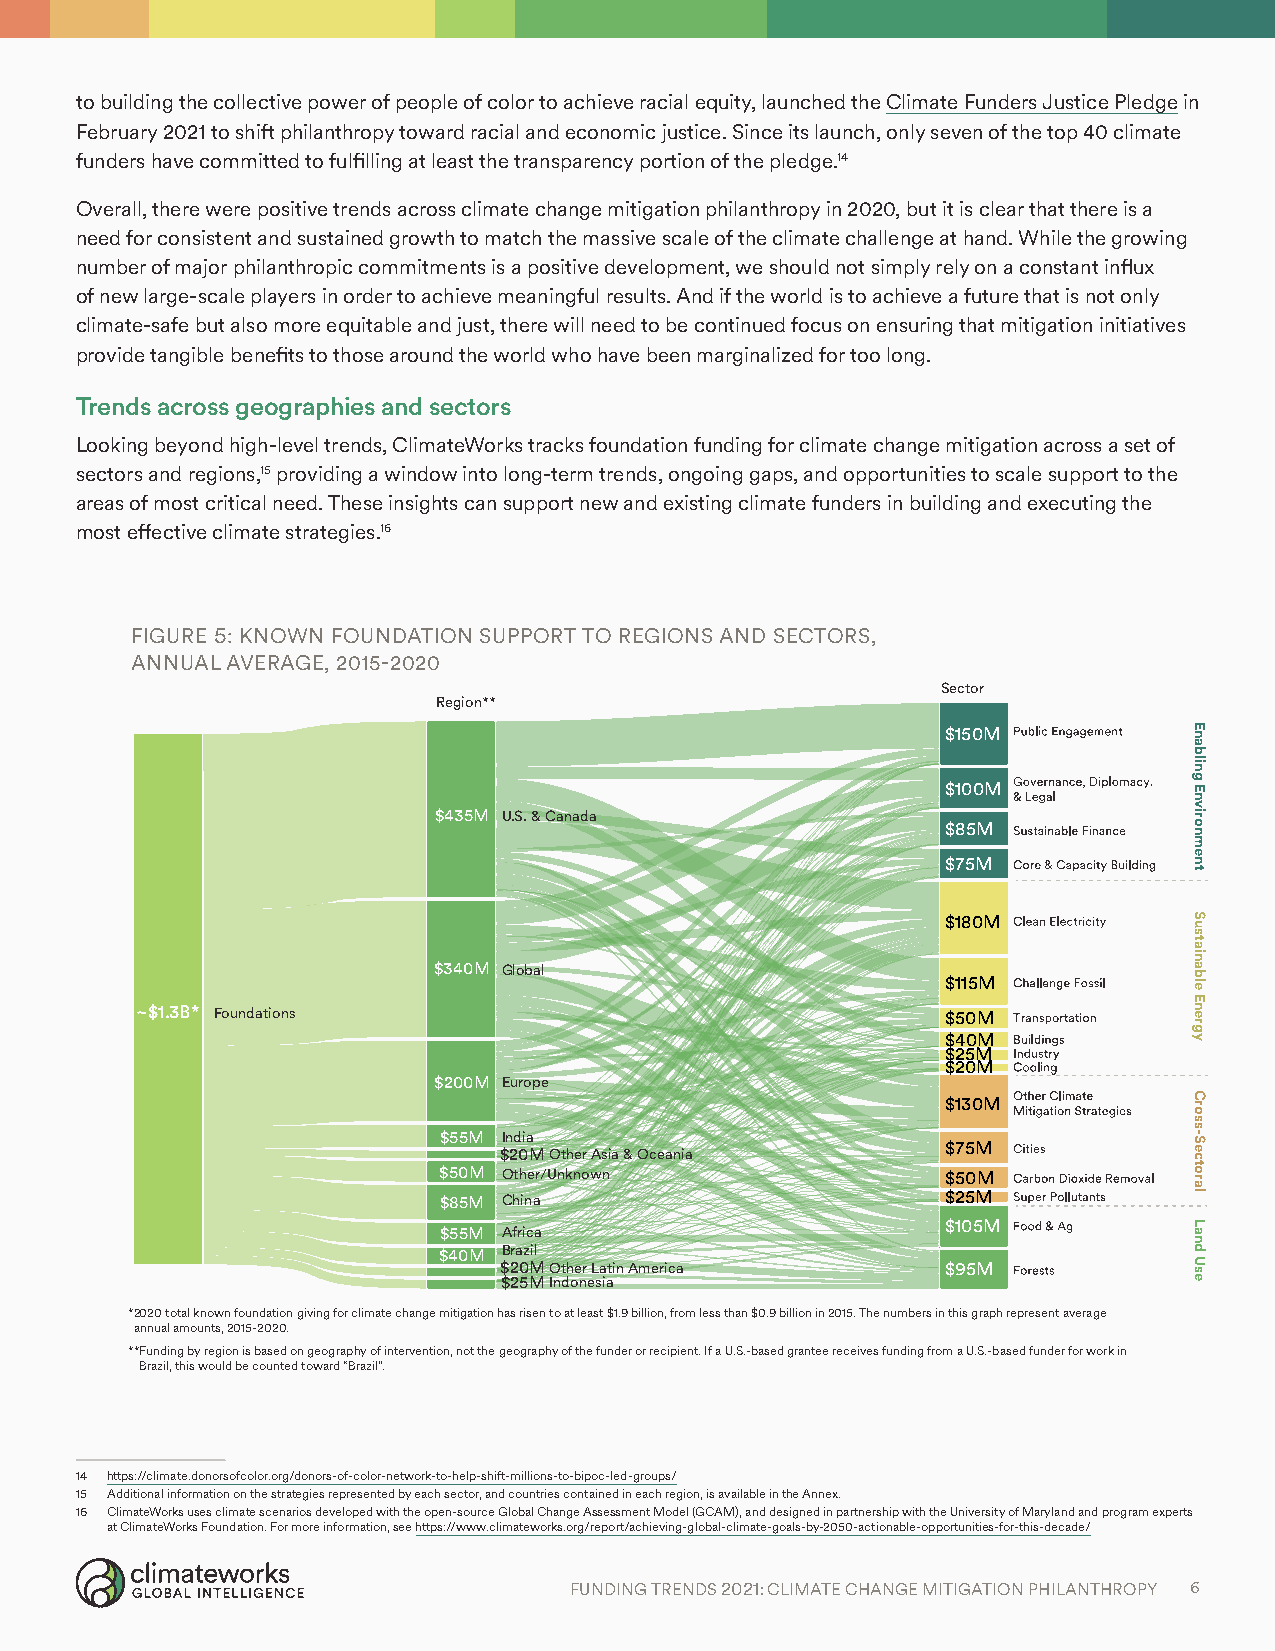
to building the collective power of people of color to achieve racial equity, launched the Climate Funders Justice Pledge in
 February 2021 to shift philanthropy toward racial and economic justice. Since its launch, only seven of the top 40 climate
 funders have committed to fulfilling at least the transparency portion of the pledge.14
 Overall, there were positive trends across climate change mitigation philanthropy in 2020, but it is clear that there is a
 need for consistent and sustained growth to match the massive scale of the climate challenge at hand. While the growing
 number of major philanthropic commitments is a positive development, we should not simply rely on a constant influx
 of new large-scale players in order to achieve meaningful results. And if the world is to achieve a future that is not only
 climate-safe but also more equitable and just, there will need to be continued focus on ensuring that mitigation initiatives
 provide tangible benefits to those around the world who have been marginalized for too long.
 Trends across geographies and sectors
 Looking beyond high-level trends, ClimateWorks tracks foundation funding for climate change mitigation across a set of
 sectors and regions,15 providing a window into long-term trends, ongoing gaps, and opportunities to scale support to the
 areas of most critical need. These insights can support new and existing climate funders in building and executing the
 most effective climate strategies.16
 FIGURE 5: KNOWN FOUNDATION SUPPORT TO REGIONS AND SECTORS,
 ANNUAL AVERAGE, 2015-2020
 Sector
 Region**
 $150M
 $100M
 $435M U.S. & Canada
 $85M
 $75M
 $180M
 $340M Global
 $115M
 ~$1.3B* Foundations                                   $50M
 $40M
 $25M
 $20M
 $200M Europe
 $130M
 $55M India
 $75M
 $20MOther Asia & Oceania
 $50M Other/Unknown                $50M
 $85M China                        $25M
 $105M
 $55M Africa
 $40M Brazil
 $20MOther Latin America       $95M
 $25MIndonesia
 * 2020 total known foundation giving for climate change mitigation has risen to at least $1.9 billion, from less than $0.9 billion in 2015. The numbers in this graph represent average
 annual amounts, 2015-2020.
 ** Funding by region is based on geography of intervention, not the geography of the funder or recipient. If a U.S.-based grantee receives funding from a U.S.-based funder for work in
 Brazil, this would be counted toward “Brazil”.
 14 https://climate.donorsofcolor.org/donors-of-color-network-to-help-shift-millions-to-bipoc-led-groups/
 15 Additional information on the strategies represented by each sector, and countries contained in each region, is available in the Annex.
 16 ClimateWorks uses climate scenarios developed with the open-source Global Change Assessment Model (GCAM), and designed in partnership with the University of Maryland and program experts
 at ClimateWorks Foundation. For more information, see https://www.climateworks.org/report/achieving-global-climate-goals-by-2050-actionable-opportunities-for-this-decade/
 FUNDING TRENDS2021: CLIMATE CHANGE MITIGATION PHILANTHROPY 6
 Enabling
 Environment
 Sustainable
 Energy
 Cross-Sectoral
 Land
 Use